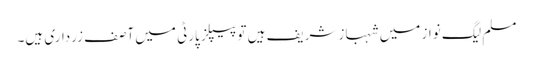
مسلم لیگ نواز میں شہباز شریف ہیں تو پیپلز پارٹی میں آصف زرداری ہیں۔